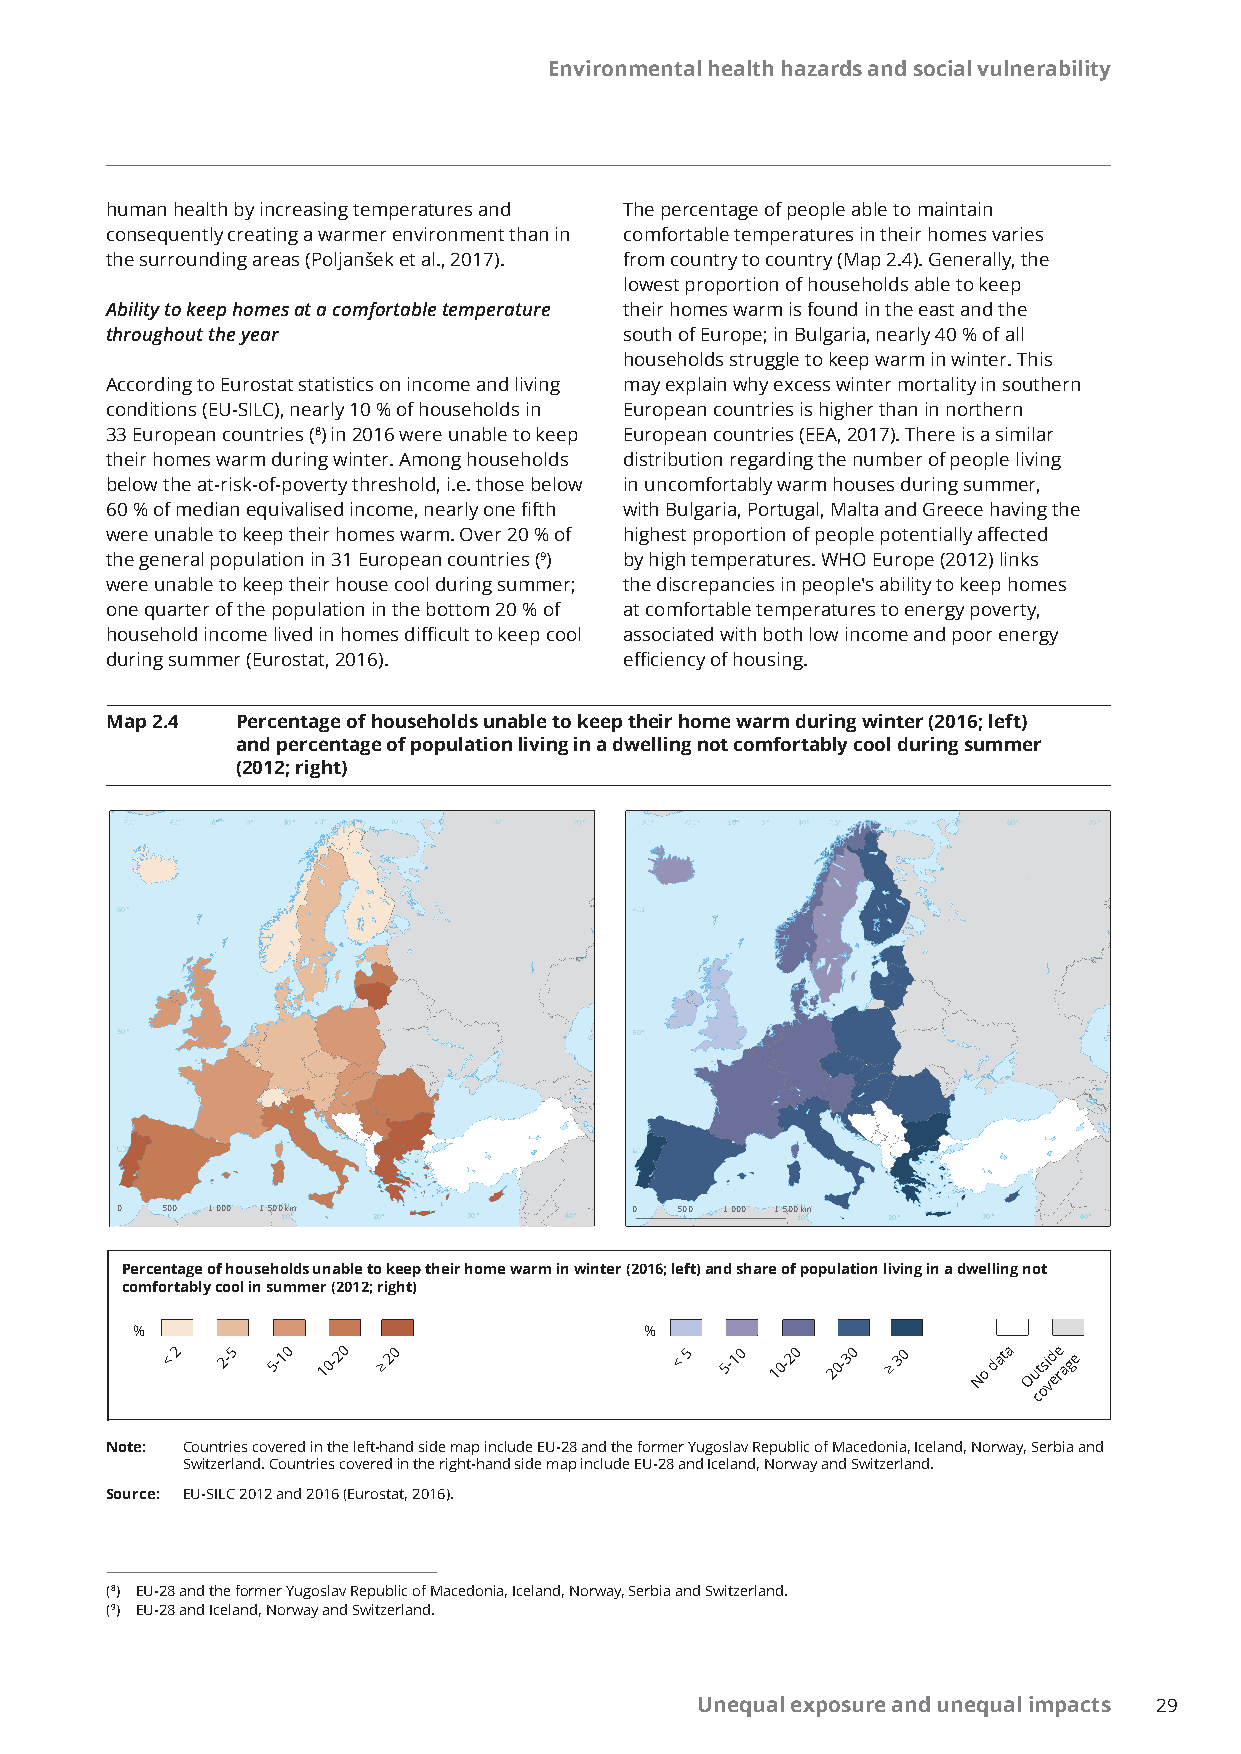
Environmental health hazards and social vulnerability
 human health by increasing temperatures and The percentage of people able to maintain
 consequently creating a warmer environment than in comfortable temperatures in their homes varies
 the surrounding areas (Poljanšek et al., 2017). from country to country (Map 2.4). Generally, the
 lowest proportion of households able to keep
 Ability to keep homes at a comfortable temperature their homes warm is found in the east and the
 throughout the year               south of Europe; in Bulgaria, nearly 40 % of all
 households struggle to keep warm in winter. This
 According to Eurostat statistics on income and living may explain why excess winter mortality in southern
 conditions (EU-SILC), nearly 10 % of households in European countries is higher than in northern
 33 European countries (8) in 2016 were unable to keep European countries (EEA, 2017). There is a similar
 their homes warm during winter. Among households distribution regarding the number of people living
 below the at-risk-of-poverty threshold, i.e. those below in uncomfortably warm houses during summer,
 60 % of median equivalised income, nearly one fifth with Bulgaria, Portugal, Malta and Greece having the
 were unable to keep their homes warm. Over 20 % of highest proportion of people potentially affected
 the general population in 31 European countries (9) by high temperatures. WHO Europe (2012) links
 were unable to keep their house cool during summer; the discrepancies in people's ability to keep homes
 one quarter of the population in the bottom 20 % of at comfortable temperatures to energy poverty,
 household income lived in homes difficult to keep cool associated with both low income and poor energy
 during summer (Eurostat, 2016).   efficiency of housing.
 Map 2.4  Percentage of households unable to keep their home warm during winter (2016; left)
 and percentage of population living in a dwelling not comfortably cool during summer
 (2012; right)
 0°° 110°              700°°     -1110000°°° 00°    60°  700°°
 60°°
 550°                              550°
 0  50 0 0°1 0 00 1 5 00
 1
 k 0m
 °     20°   30°   40°
 0  50 0 0°1 00 0 1 5 00
 1
 k 0m
 °     20°   30°   40°
 Percentage of households unable to keep their home warm in winter (2016; left) and share of population living in a dwelling not
 comfortably cool in summer (2012; right)
 %                                 %
 < 2 2-5 5-10 10-20 ≥ 20           < 5 5-10 10-20 20-30 ≥ 30 No data Ou ct osi vd ere age
 Note: Countries covered in the left-hand side map include EU-28 and the former Yugoslav Republic of Macedonia, Iceland, Norway, Serbia and
 Switzerland. Countries covered in the right-hand side map include EU-28 and Iceland, Norway and Switzerland.
 Source: EU-SILC 2012 and 2016 (Eurostat, 2016).
 (8) EU-28 and the former Yugoslav Republic of Macedonia, Iceland, Norway, Serbia and Switzerland.
 (9) EU-28 and Iceland, Norway and Switzerland.
 Unequal exposure and unequal impacts 29